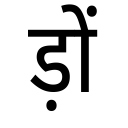
OCR:
ड़ों